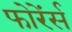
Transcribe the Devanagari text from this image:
फोरेंर्स